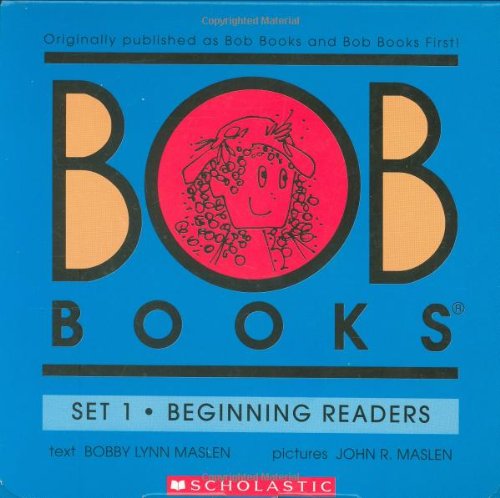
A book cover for Bob Books, Set 1: Beginning Readers; Bobby Lynn Maslen; Children's Books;